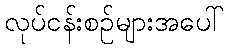
လုပ်ငန်းစဉ်များအပေါ်